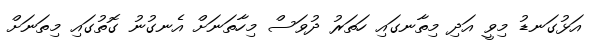
އަޅުގަނޑު މިވީ އަދި މިތާނގައި ހަތަރު ދުވަސް މިހާތަނަށް އެނގުނު ގޮތުގައި މިތަނަށް